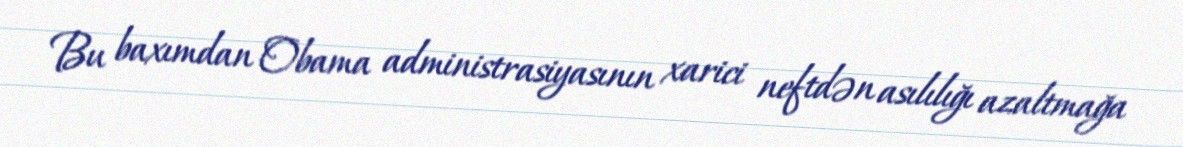
Bu baxımdan Obama administrasiyasının xarici neftdən asılılığı azaltmağa